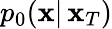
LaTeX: p_{0}(\mathbf{x}|\, \mathbf{x}_{T})